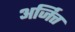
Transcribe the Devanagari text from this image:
अर्जित्त